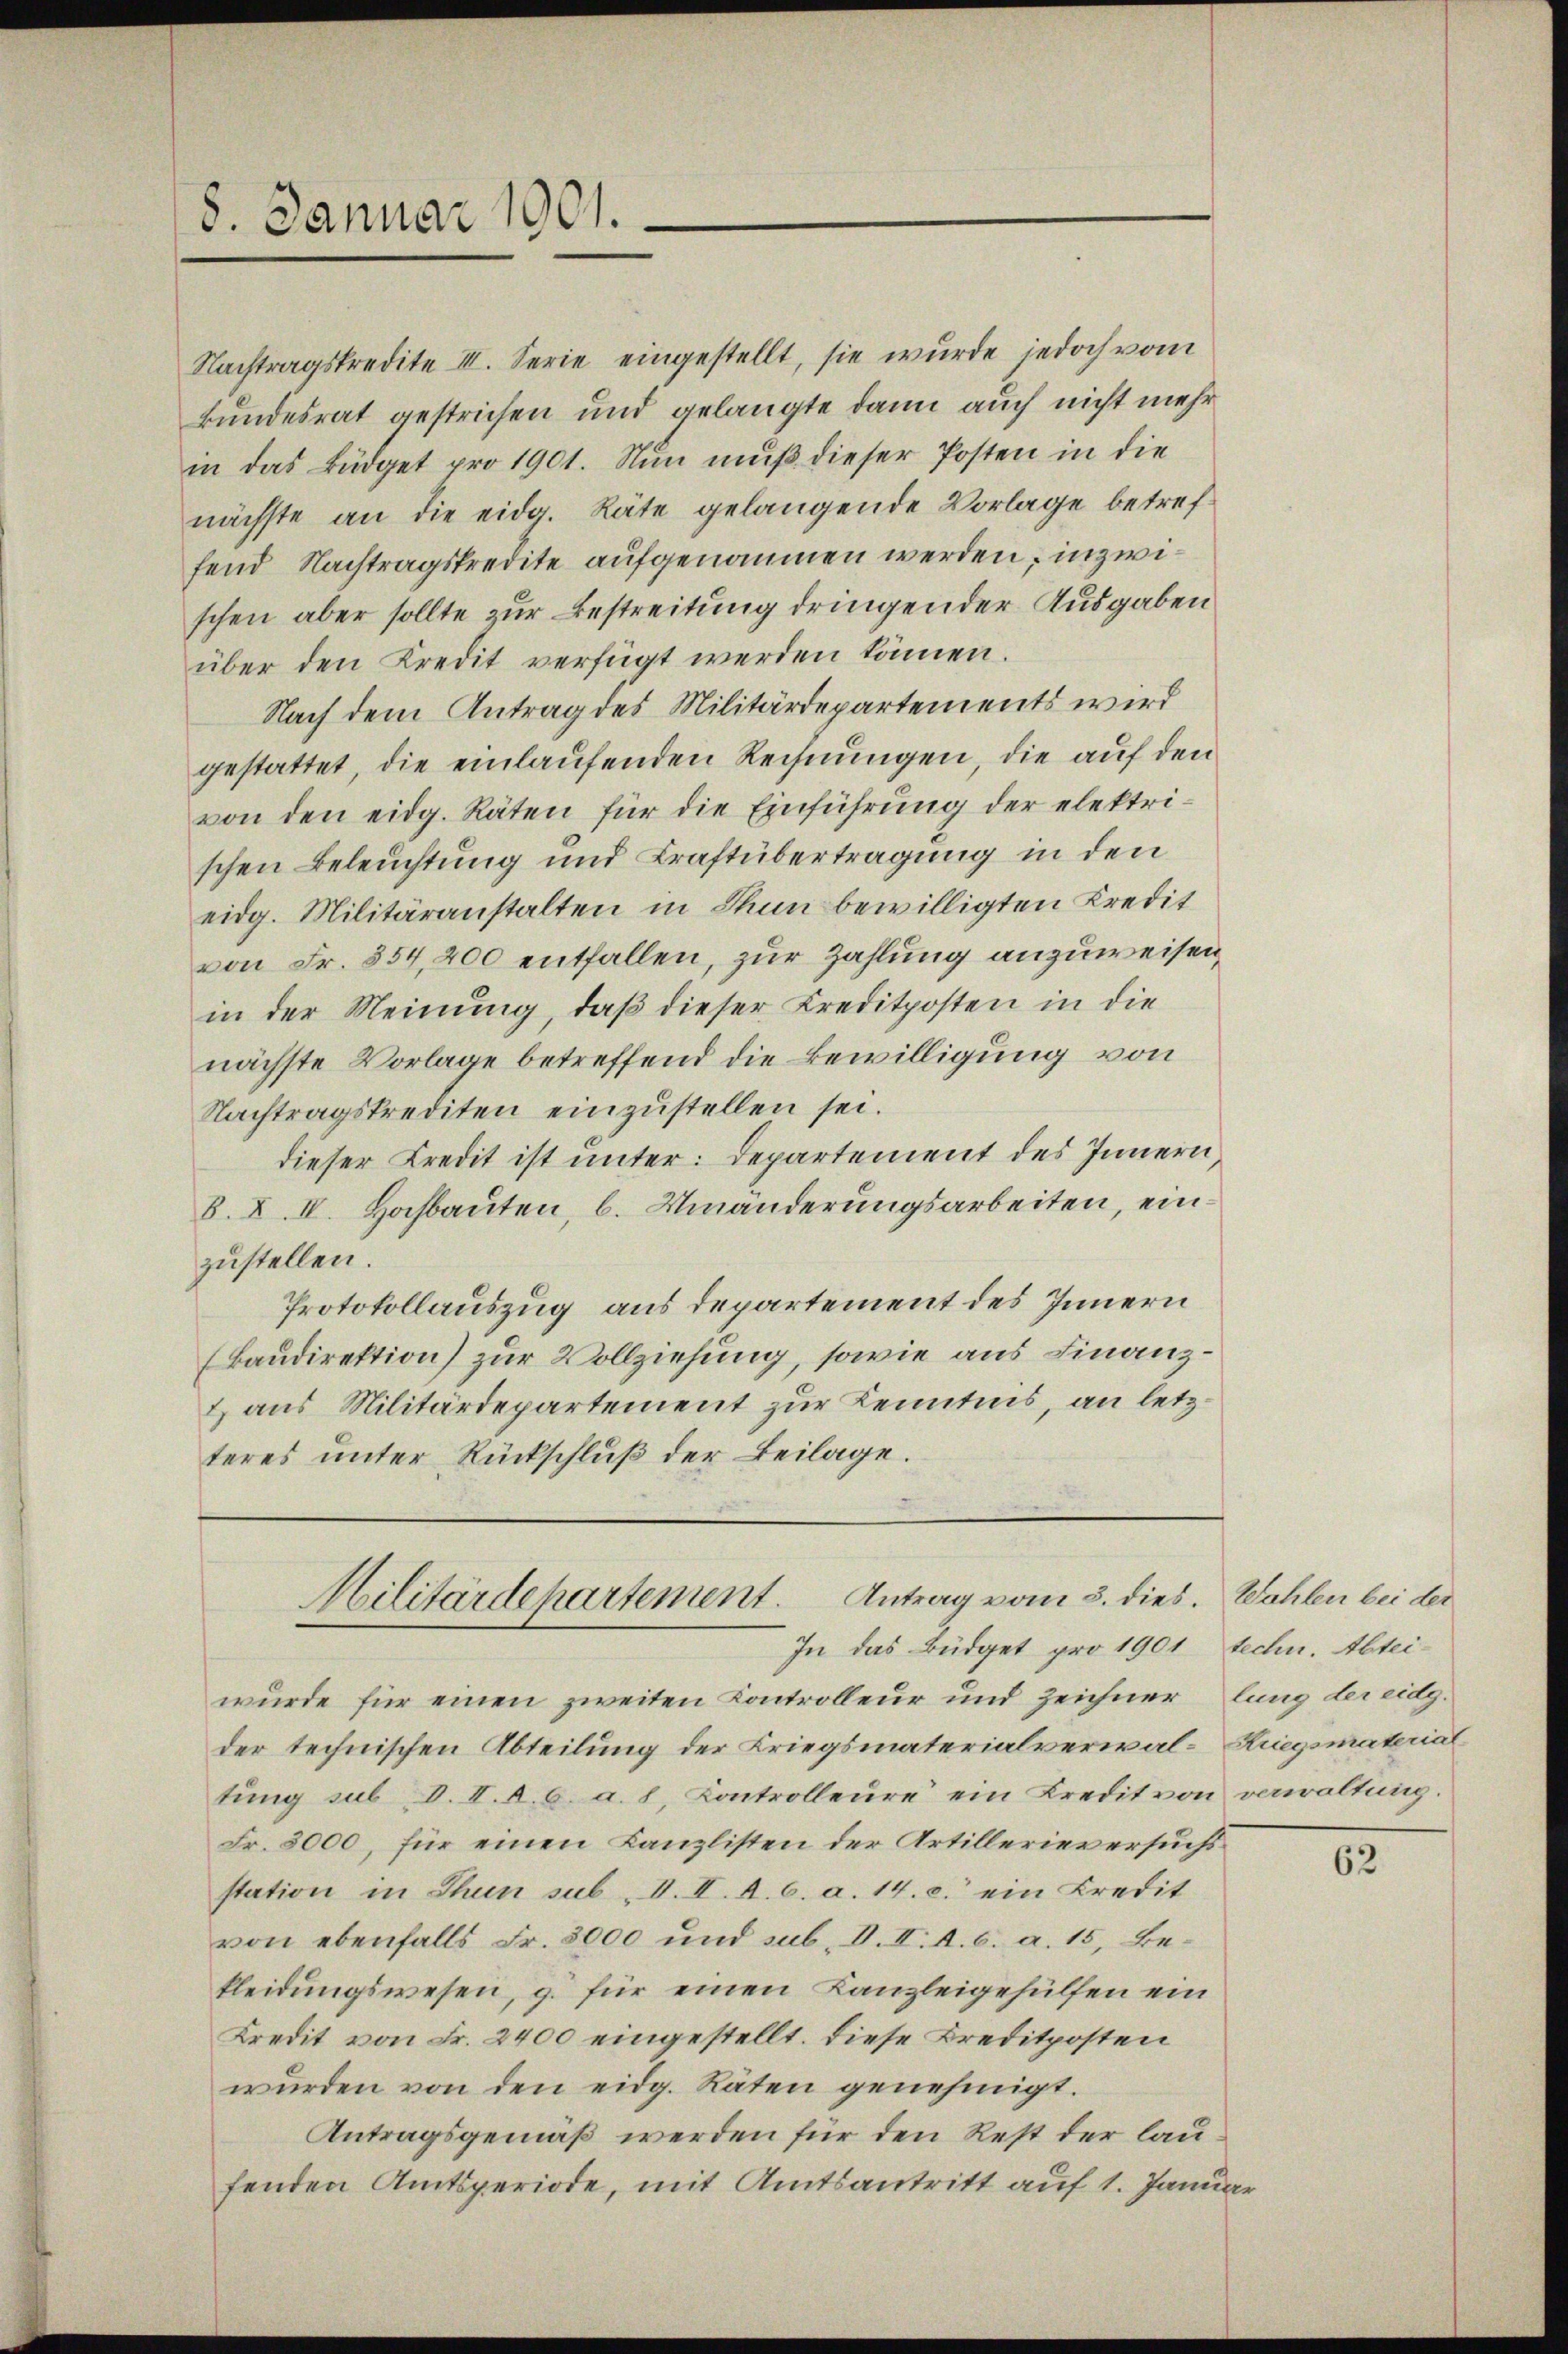
8. Januar 1901.

Nachtragskredite III. Serie eingestellt, sie wurde jedoch vom
Bundesrat gestrichen und gelangte dann auch nicht mehr
in das Büdget pro 1901. Nŭn mŭβ dieser Posten in die
nächste an die eidg. Räte gelangende Vorlage betreffend Nachtragskredite aufgenommen werden; inzwischen aber sollte zur Bestreitung dringender Ausgaben
über den Kredit verfügt werden können.
Nach dem Antrag des Militärdepartements wird
gestattet, die einlaufenden Rechnungen, die auf den
von den eidg. Räten für die Einführŭng der elektri-
schen Beleuchtung und Kraftübertragung in den
eidg. Militäranstalten in Thun bewilligten Kredit
von Fr. 854, 200 entfallen, zur Zahlung anzuweisen,
in der Meinung, daß dieser Kreditposten in die
nächste Vorlage betreffend die Bewilligung von
Nachtragskrediten einzustellen sei.
dieser Kredit ist unter: Departement des Innern,
8. X. IV. Hochbauten, b. Umänderungsarbeiten, einzustellen.
Protokollauszug aus departement des Innern
(Baudirektion) zur Vollziehung, sowie aus Finanz¬
& aus Militärdepartement zur Kenntnis, an letzteres ŭnter Rückschlŭβ der Beilage.

wurde für einen zweiten Kontrolleur und Zeichner lung der eidg.
der technischen Abteilung der Kriegsmaterialverwal-Riegsmaterial
tung sub d. II. A. b. a. 8, Controlleure ein Kredit von verwaltung.
Fr. 3000, für einen Kanzlisten der Artillerieversuchs
station in Thun sub V. I. A. 6. a. 14. c. ein Kredit
von ebenfalls Fr. 3000 und sub. V. II. A. v. a. 15, Bekleidungswesen, g. für einen Kanzleigehülfen ein
Kredit von Fr. 2400 eingestellt. Diese Kreditposten
wŭrden von den eidg. Räten genehmigt.
Antragsgemäß werden für den Rest der laufenden Amtsperiode, mit Amtsantritt auf 1. Januar

Militärdepartement. Antrag vom 3. dies. Wahlen bei der
In das Büdget pro 1901 techn. Abtei¬

62